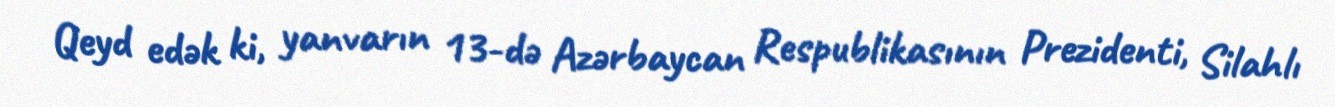
Qeyd edək ki, yanvarın 13-də Azərbaycan Respublikasının Prezidenti, Silahlı